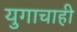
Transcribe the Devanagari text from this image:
युगाचाही